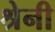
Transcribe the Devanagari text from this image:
श्रेनी